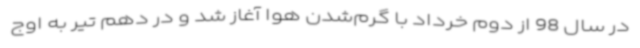
در ‌سال 98 از دوم خرداد با گرم‌شدن هوا آغاز شد و در دهم تیر به اوج